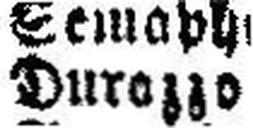
Durozzo